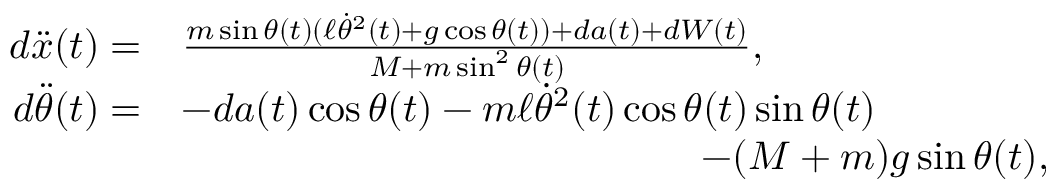
\begin{array} { r l } { d \ddot { x } ( t ) = } & { \frac { m \sin \theta ( t ) ( \ell \dot { \theta } ^ { 2 } ( t ) + g \cos \theta ( t ) ) + d a ( t ) + d W ( t ) } { M + m \sin ^ { 2 } \theta ( t ) } , } \\ { d \ddot { \theta } ( t ) = } & { - d a ( t ) \cos \theta ( t ) - m \ell \dot { \theta } ^ { 2 } ( t ) \cos \theta ( t ) \sin \theta ( t ) } \\ & { \qquad \qquad \qquad \qquad \qquad \qquad \quad - ( M + m ) g \sin \theta ( t ) , } \end{array}